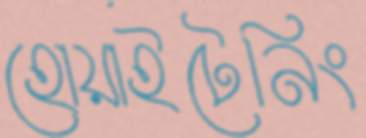
হোয়াইটেনিং